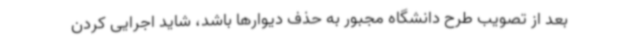
بعد از تصویب طرح دانشگاه مجبور به حذف دیوارها باشد، شاید اجرایی کردن